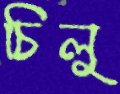
চিলু